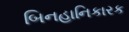
બિનહાનિકારક